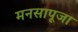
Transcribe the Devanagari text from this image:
मनसापूजा